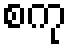
စကု